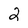
Character: 2